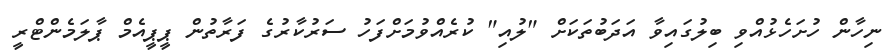
ނިހާން ހުށަހެޅުއްވި ބިލުގައިވާ އަދަބުތަކަށް "ލުއި" ކުރެއްވުމަށްފަހު ސަރުކާރުގެ ފަރާތުން ޕީޕީއެމް ޕާލަމެންޓްރީ